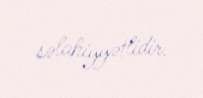
səlahiyyətlidir.